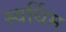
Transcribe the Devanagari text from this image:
स्वर्धिम